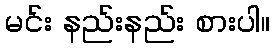
မင်း နည်းနည်း စားပါ။